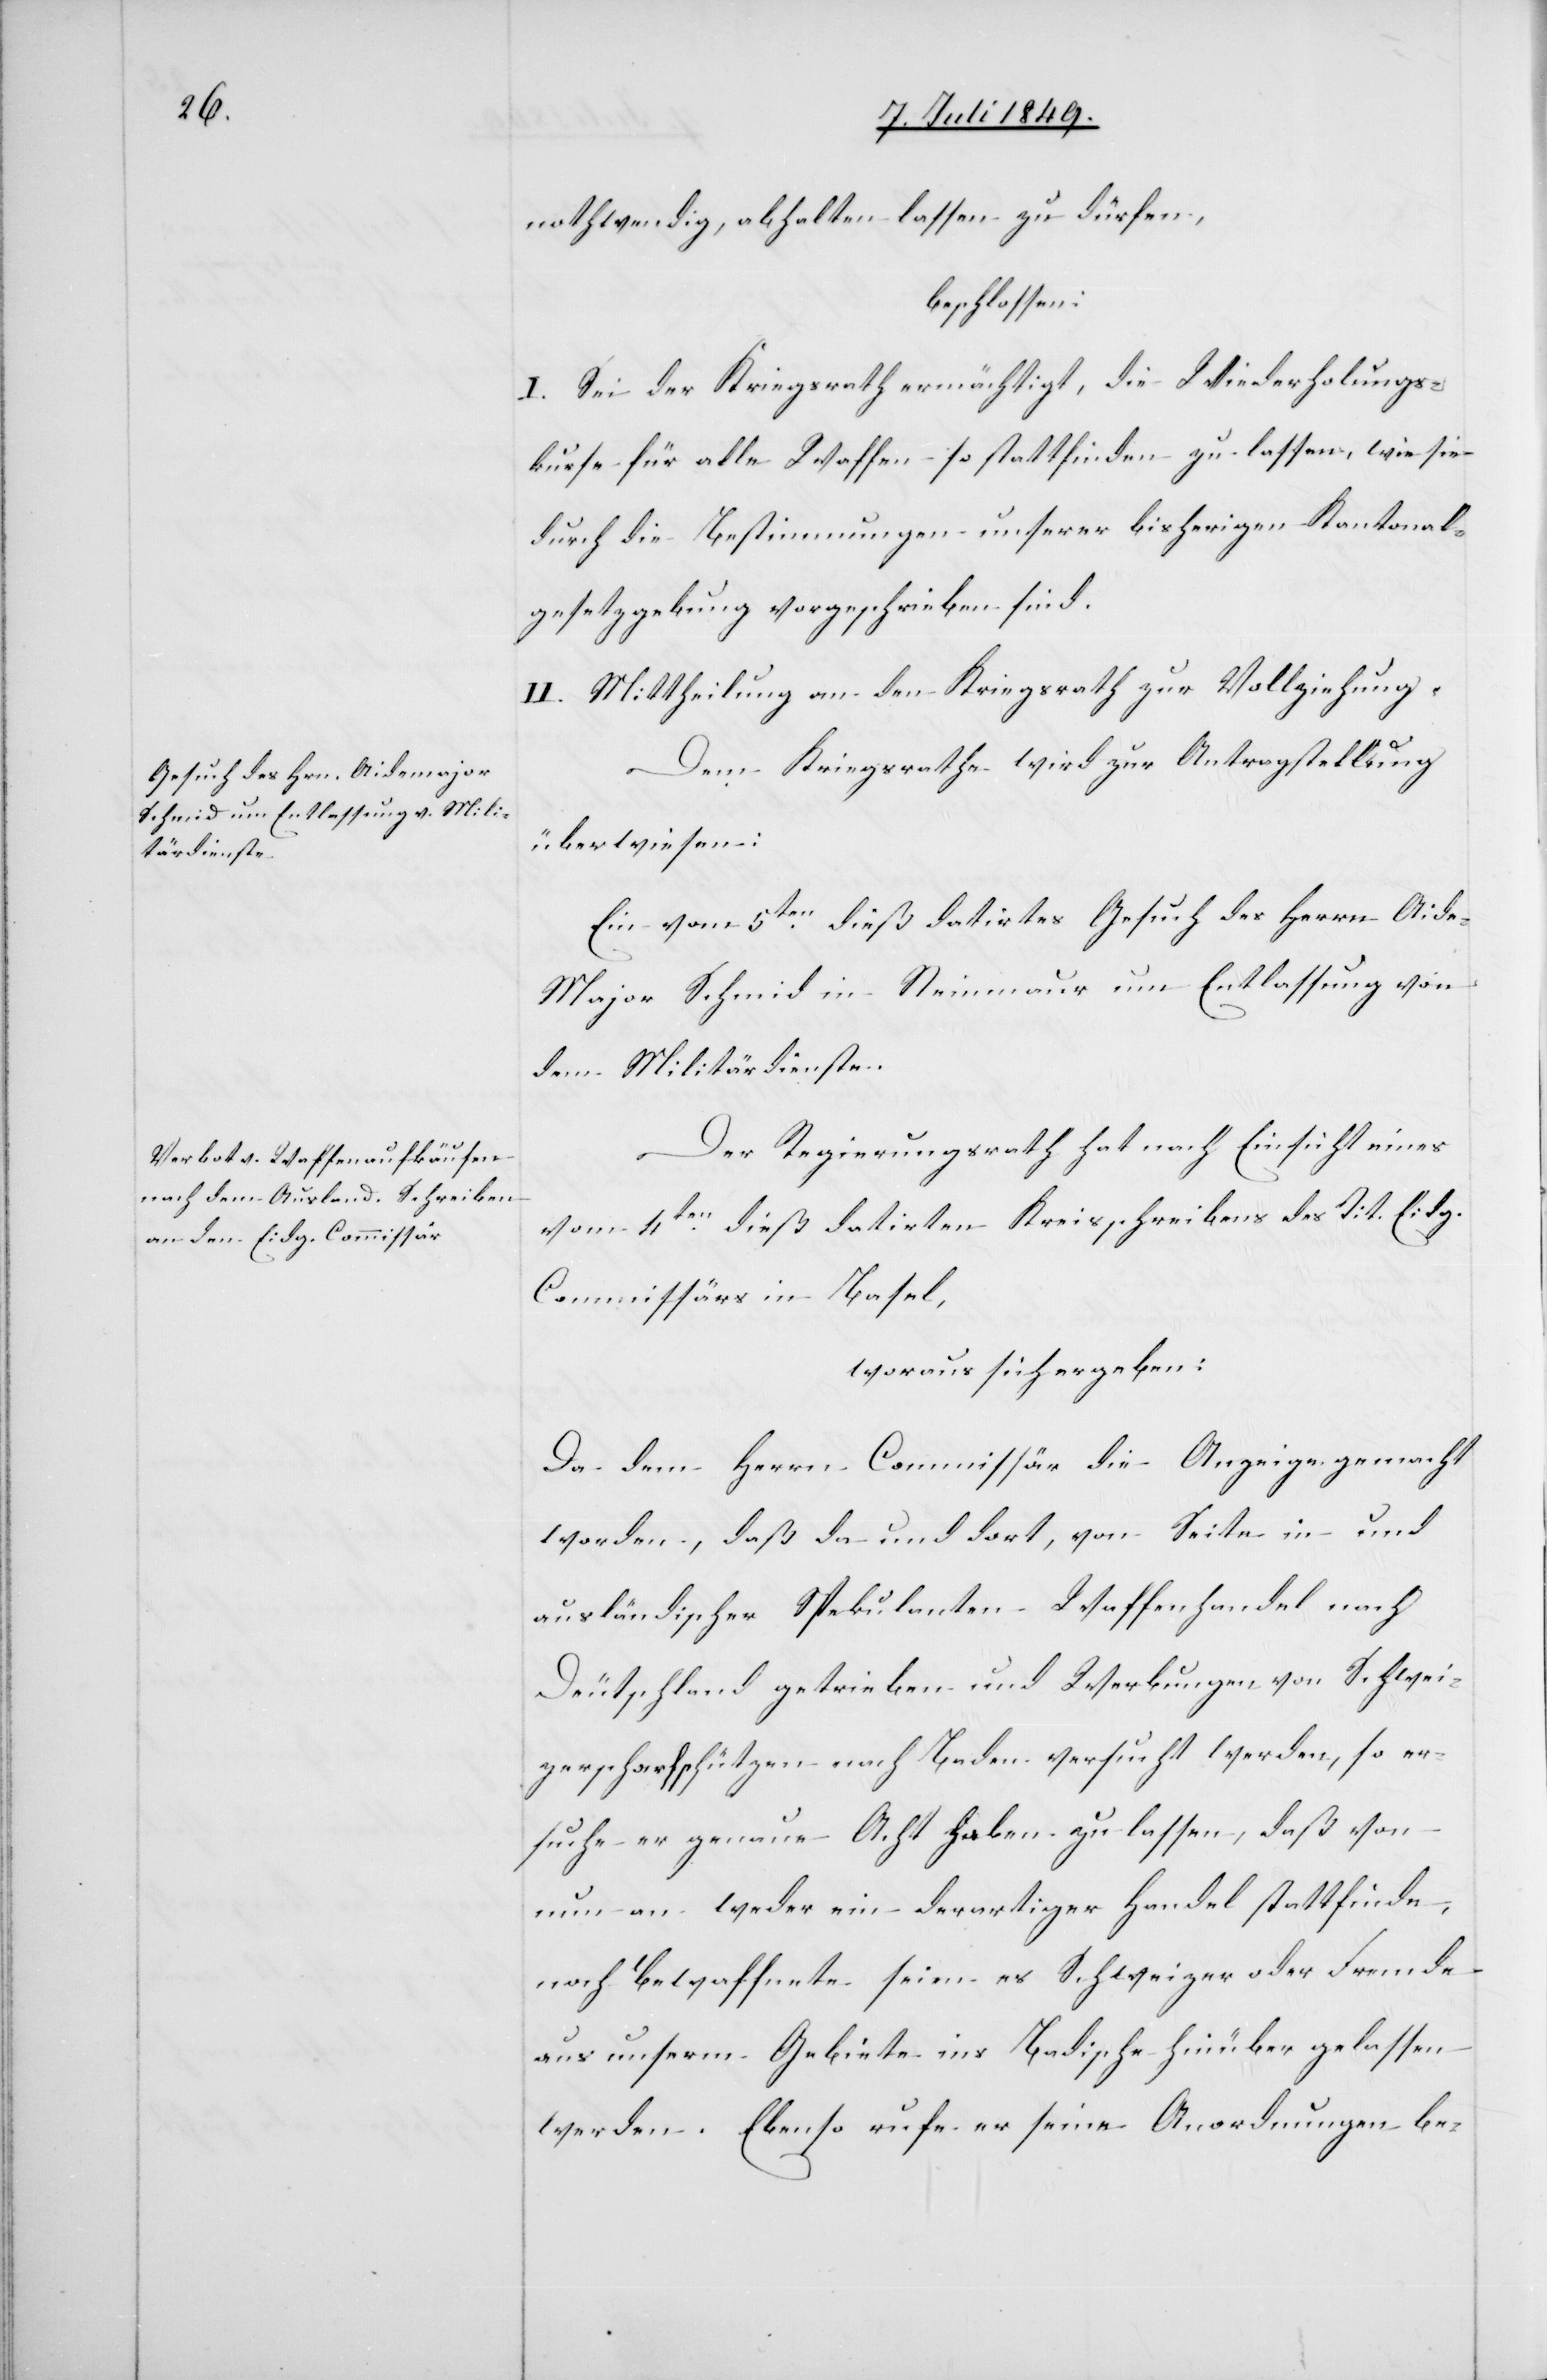
nothwendig, abhalten lassen zu dürfen,
beschlossen:
I. Sei der Kriegsrath ermächtigt, die Wiederholungs¬
kurse für alle Waffen so stattfinden zu lassen, wie sie
durch die Bestimmungen unserer bisherigen Kantonal¬
gesetzgebung vorgeschrieben sind.
II. Mittheilung an den Kriegsrath zur Vollziehung.
Dem Kriegsrathe wird zur Antragstellung
überwiesen:
Ein vom 5ten dieß datirtes Gesuch des Herrn Aide-M¬
ajor Schmid in Steinmauer um Entlassung von
dem Militärdienste.
Der Regierungsrath hat nach Einsicht eines
vom 4ten dieß datirten Kreisschreibens des Tit. Eidg.
Commissärs in Basel,
woraus sich ergeben:
Da dem Herrn Commissär die Anzeige gemacht
worden, daß da und dort, von Seite in- und
ausländischer Spekulanten Waffenhandel nach
Deutschland getrieben und Werbungen von Schwei¬
zerscharfschützen nach Baden versucht werden, so er¬
suche er genaue Acht haben zu lassen, daß von
nun an weder ein derartiger Handel stattfinde,
noch Bewaffnete seien es Schweizer oder Fremde
aus unserm Gebiete ins Badische hinüber gelassen
werden. Ebenso rufe er seine Anordnungen be-